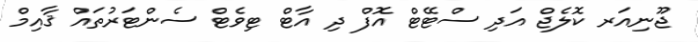
ޖޫނިއަރ ކޮލެޖް އަދި ސްޓޭޓް އޮފް ދި އާޓް ޓިވެޓް ސެންޓަރުތައް ޤާއިމް